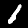
Digit: 1